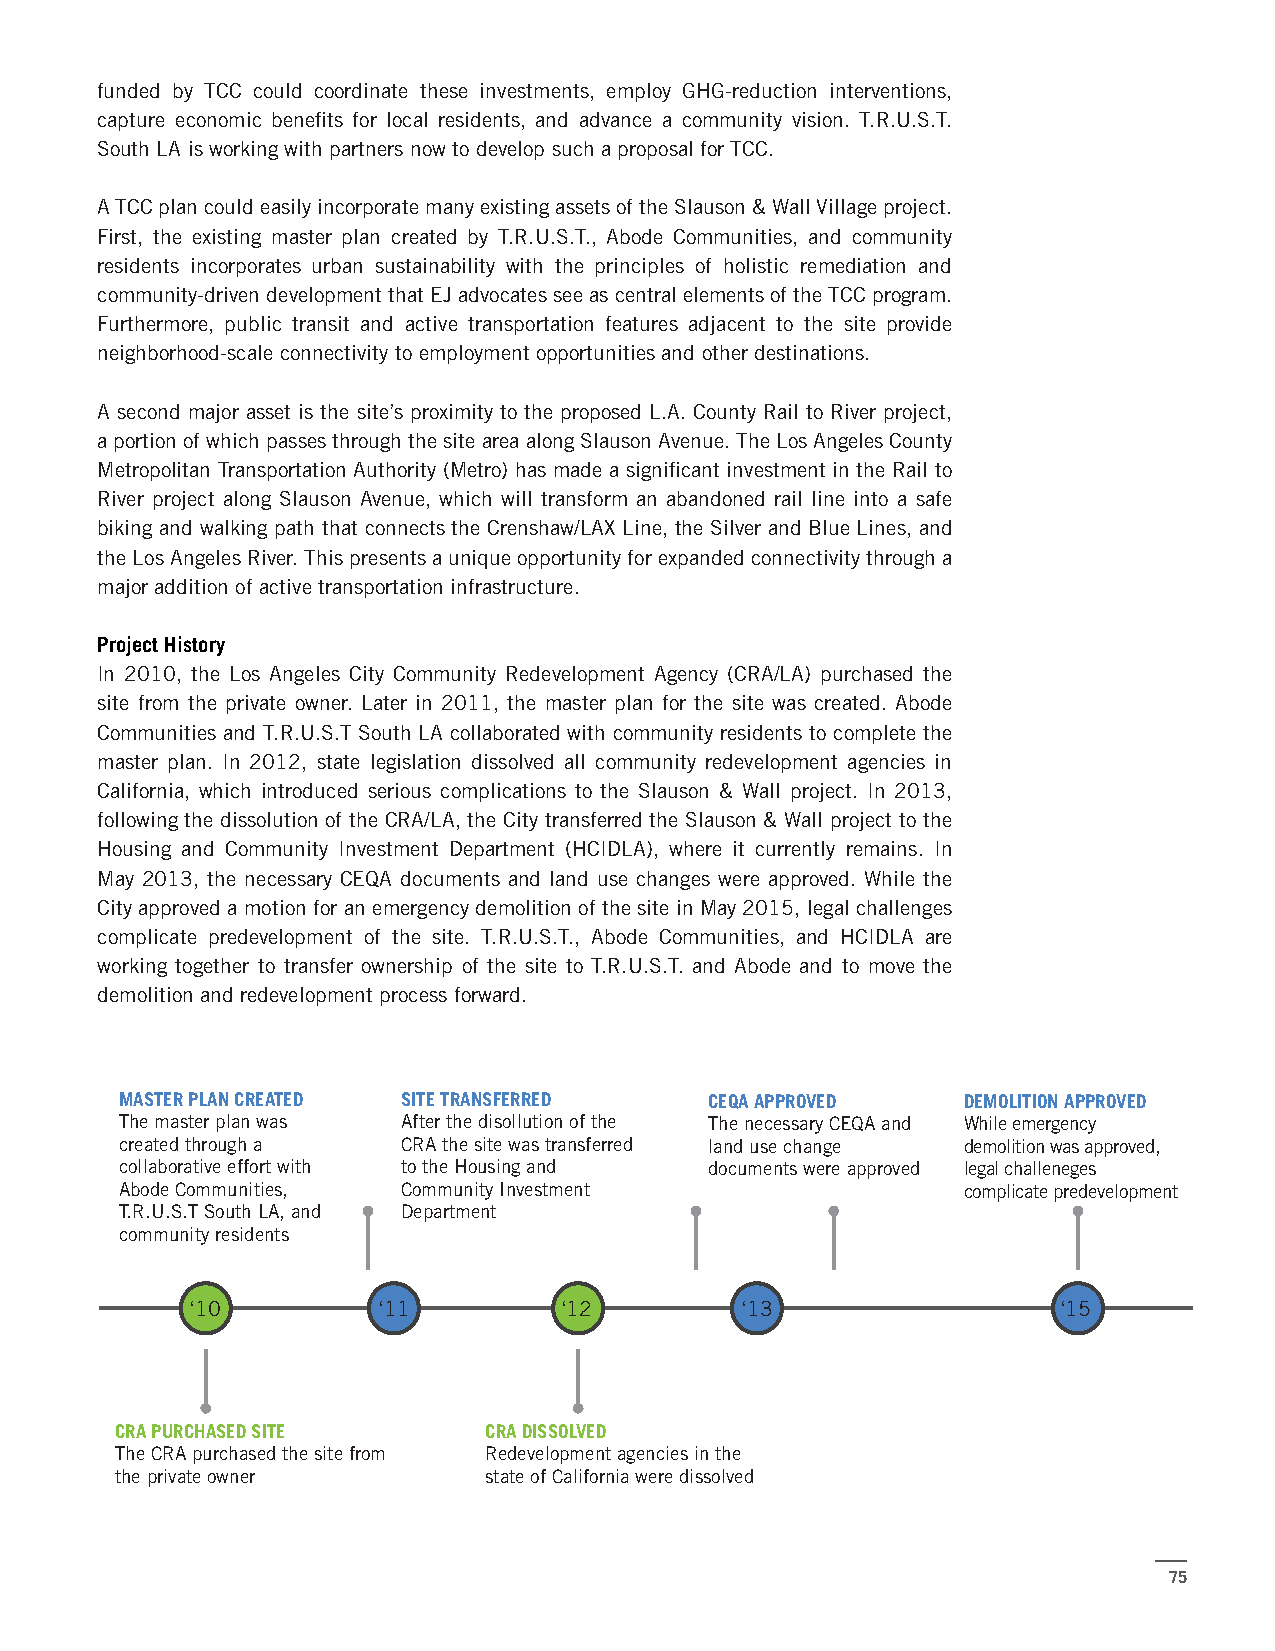
funded by TCC could coordinate these investments, employ GHG-reduction interventions,
 capture economic benefits for local residents, and advance a community vision. T.R.U.S.T.
 South LA is working with partners now to develop such a proposal for TCC.
 A TCC plan could easily incorporate many existing assets of the Slauson & Wall Village project.
 First, the existing master plan created by T.R.U.S.T., Abode Communities, and community
 residents incorporates urban sustainability with the principles of holistic remediation and
 community-driven development that EJ advocates see as central elements of the TCC program.
 Furthermore, public transit and active transportation features adjacent to the site provide
 neighborhood-scale connectivity to employment opportunities and other destinations.
 A second major asset is the site’s proximity to the proposed L.A. County Rail to River project,
 a portion of which passes through the site area along Slauson Avenue. The Los Angeles County
 Metropolitan Transportation Authority (Metro) has made a significant investment in the Rail to
 River project along Slauson Avenue, which will transform an abandoned rail line into a safe
 biking and walking path that connects the Crenshaw/LAX Line, the Silver and Blue Lines, and
 the Los Angeles River. This presents a unique opportunity for expanded connectivity through a
 major addition of active transportation infrastructure.
 Project History
 In 2010, the Los Angeles City Community Redevelopment Agency (CRA/LA) purchased the
 site from the private owner. Later in 2011, the master plan for the site was created. Abode
 Communities and T.R.U.S.T South LA collaborated with community residents to complete the
 master plan. In 2012, state legislation dissolved all community redevelopment agencies in
 California, which introduced serious complications to the Slauson & Wall project. In 2013,
 following the dissolution of the CRA/LA, the City transferred the Slauson & Wall project to the
 Housing and Community Investment Department (HCIDLA), where it currently remains. In
 May 2013, the necessary CEQA documents and land use changes were approved. While the
 City approved a motion for an emergency demolition of the site in May 2015, legal challenges
 complicate predevelopment of the site. T.R.U.S.T., Abode Communities, and HCIDLA are
 working together to transfer ownership of the site to T.R.U.S.T. and Abode and to move the
 demolition and redevelopment process forward.
 MASTER PLAN CREATED SITE TRANSFERRED   CEQA APPROVED    DEMOLITION APPROVED
 The master plan was After the disollution of the The necessary CEQA and While emergency
 created through a  CRA the site was transferred land use change demolition was approved,
 collaborative effort with to the Housing and documents were approved legal challeneges
 Abode Communities, Community Investment                 complicate predevelopment
 T.R.U.S.T South LA, and Department
 community residents
 ‘10         ‘11         ‘12         ‘13                  ‘15
 CRA PURCHASED SITE      CRA DISSOLVED
 The CRA purchased the site from Redevelopment agencies in the
 the private owner       state of California were dissolved
 75